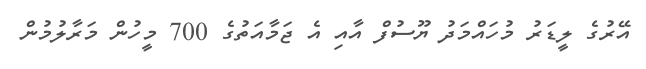
އޭރުގެ ލީޑަރު މުހައްމަދު ޔޫސުފް އާއި އެ ޖަމާއަތުގެ 700 މީހުން މަރާލުމުން